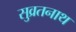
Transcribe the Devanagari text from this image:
सुव्रतनाथ